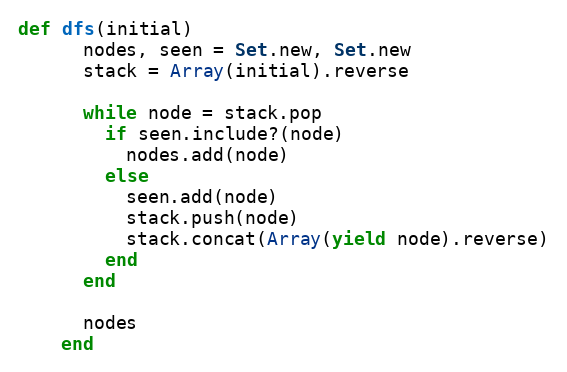
Language: Ruby
def dfs(initial)
      nodes, seen = Set.new, Set.new
      stack = Array(initial).reverse

      while node = stack.pop
        if seen.include?(node)
          nodes.add(node)
        else
          seen.add(node)
          stack.push(node)
          stack.concat(Array(yield node).reverse)
        end
      end

      nodes
    end